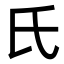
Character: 氏